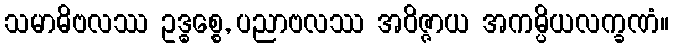
သမာဓိဗလဿ ဥဒ္ဓစ္စေ, ပညာဗလဿ အဝိဇ္ဇာယ အကမ္ပိယလက္ခဏံ။